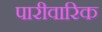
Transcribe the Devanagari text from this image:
पारीवारिक